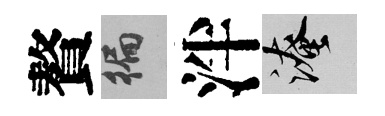
贅徧泮淹